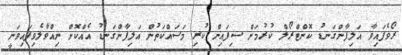
ރޯވެފައިވާ އަލިފާންގަނޑު ކޮންޓްރޯލް ކުރުމަށް ސިފައިން ކުރި މަސައްކަތުން އަލިފާންގަނޑު އެއްކޮށް ނިއްވާލެވިފައިވަނީ